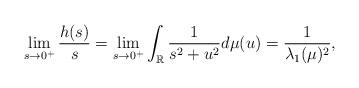
LaTeX: \begin{align*} \lim_{s\rightarrow 0^+}\frac{h(s)}{s}=\lim_{s\rightarrow 0^+}\int_\mathbb{R} \frac{1}{s^2+u^2}d\mu(u)=\frac{1}{\lambda_1(\mu)^2},\end{align*}